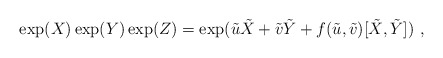
\begin{align*}\exp(X)\exp(Y)\exp(Z)=\exp(\tilde u \tilde X + \tilde v \tilde Y + f(\tilde u,\tilde v)[\tilde X,\tilde Y]) \ ,\end{align*}